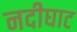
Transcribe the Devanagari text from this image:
नदीघाट